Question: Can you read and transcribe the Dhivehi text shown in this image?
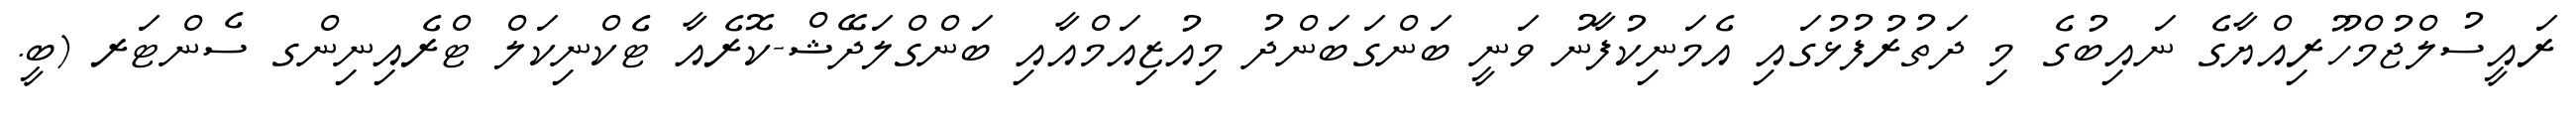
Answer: ރައީސުލްޖުމްހޫރިއްޔާގެ ނައިބުގެ މި ދަތުރުފުޅުގައި އެމަނިކުފާނު ވަނީ ބަންގަބަންދު މިއުޒިއަމްއާއި ބަންގްލަދޭޝް-ކޮރެއާ ޓެކްނިކަލް ޓްރެއިނިންގ ސެންޓަރ (ބީ.